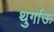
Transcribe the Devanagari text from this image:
थुर्गाऊ